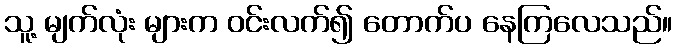
သူ့ မျက်လုံး များက ဝင်းလက်၍ တောက်ပ နေကြလေသည်။